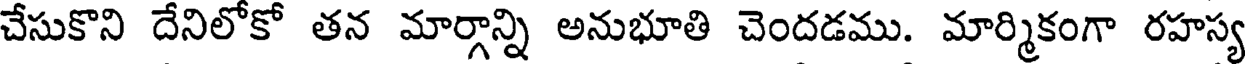
చేసుకొని దేనిలోకో తన మార్గాన్ని అనుభూతి చెందడము. మార్మికంగా రహస్య